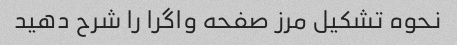
نحوه تشکیل مرز صفحه واگرا را شرح دهید